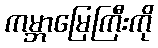
ကမ္ဘာမြေကြီးကို